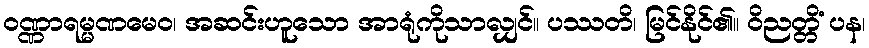
ဝဏ္ဏာရမ္မဏမေဝ၊ အဆင်းဟူသော အာရုံကိုသာလျှင်။ ပဿတိ၊ မြင်နိုင်၏။ ဝိညတ္တိံ ပန၊